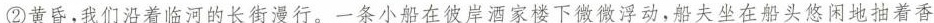
②黄昏，我们沿着临河的长街漫行。一条小船在被岸酒家楼下微数浮动，船夫坐在船头悠闲地抽着香